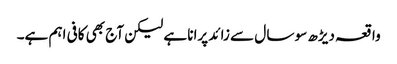
واقعہ دیڑھ سو سا ل سے زائد پرانا ہے لیکن آج بھی کافی اہم ہے۔